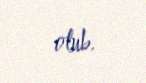
olub.